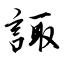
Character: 諏